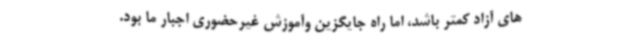
های آزاد کمتر باشد، اما راه جایگزین وآموزش غیرحضوری اجبار ما بود.